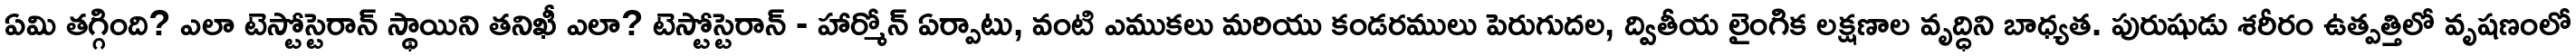
ఏమి తగ్గింది? ఎలా టెస్టోస్టెరాన్ స్థాయిని తనిఖీ ఎలా? టెస్టోస్టెరాన్ - హార్మోన్ ఏర్పాటు, వంటి ఎముకలు మరియు కండరములు పెరుగుదల, ద్వితీయ లైంగిక లక్షణాల వృద్ధిని బాధ్యత. పురుషుడు శరీరం ఉత్పత్తిలో వృషణంలో